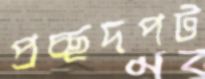
প্রচ্ছদপট